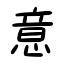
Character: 意